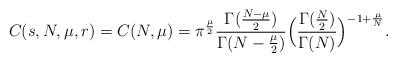
LaTeX: \begin{align*}C(s,N,\mu,r)=C(N,\mu)=\pi^{\frac{\mu}{2}}\frac{\Gamma(\frac{N-\mu}{2})}{\Gamma(N-\frac{\mu}{2})}\Bigl(\frac{\Gamma(\frac N2)}{\Gamma(N)}\Bigr)^{-1+\frac{\mu}{N}}.\end{align*}